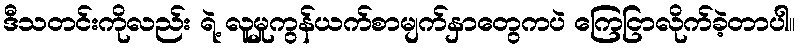
ဒီသတင်းကိုလည်း ရဲ့ လူမှုကွန်ယက်စာမျက်နှာတွေကပဲ ကြေငြာလိုက်ခဲ့တာပါ။